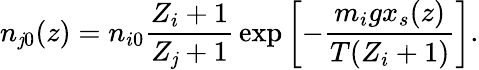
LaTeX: n_{\mathit{j}0}(z)=n_{i0}{\frac{{Z_{i}+1}}{{Z_{\mathit{j}}+1}}}\exp\left[-{\frac{{m_{i}gx_{s}(z)}}{{T(Z_{i}+1)}}}\right].